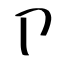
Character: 卩